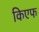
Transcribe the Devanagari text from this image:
किएफ